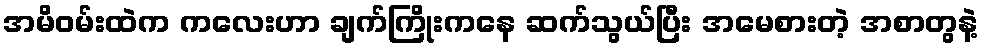
အမိဝမ်းထဲက ကလေးဟာ ချက်ကြိုးကနေ ဆက်သွယ်ပြီး အမေစားတဲ့ အစာတွနဲ့